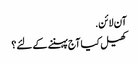
آن لائن.
کھیل کیا آج پہننے کے لئے؟